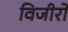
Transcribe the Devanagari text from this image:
विजीरों